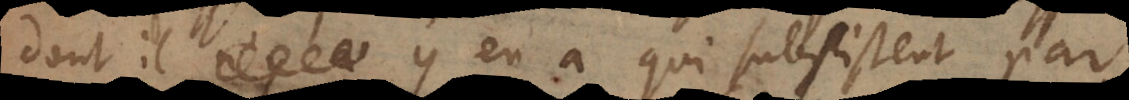
dont il y en a qui subsistent par